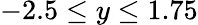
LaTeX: -2.5\leq y\leq 1.75